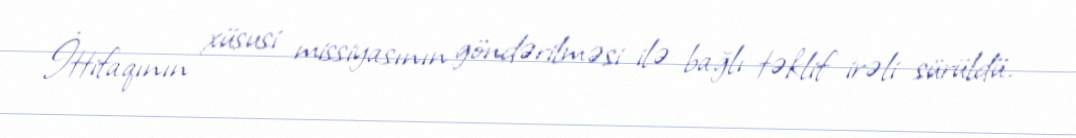
İttifaqının xüsusi missiyasının göndərilməsi ilə bağlı təklif irəli sürüldü.